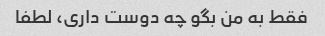
فقط به من بگو چه دوست داری، لطفا